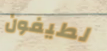
لطيفون